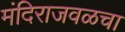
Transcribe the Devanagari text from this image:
मंदिराजवळचा